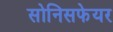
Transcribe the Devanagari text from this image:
सोनिसफेयर